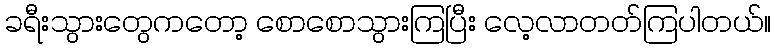
ခရီးသွားတွေကတော့ စောစောသွားကြပြီး လေ့လာတတ်ကြပါတယ်။